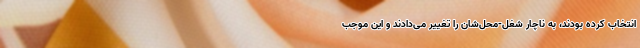
انتخاب کرده بودند، به ناچار شغل-محل‌شان را تغییر می‌دادند و این موجب